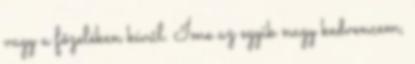
vagy a főzeléken kívűl. Íme az egyik nagy kedvencem,